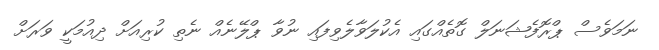
ނަމަވެސް ޕްރޮފެޝަނަލް ގޮތެއްގައި އެކުލަވާލެވިފައި ނުވާ ޕްލޭނެއް ނެތި ކުރިއަށް ދިއުމަކީ ވަރަށް